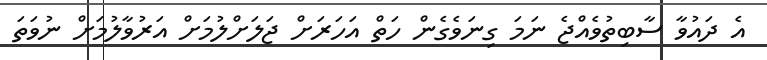
އެ ދައުވާ ސާބިތުވެއްޖެ ނަމަ ގިނަވެގެން ހަތް އަހަރަށް ޖަލަށްލުމަށް އަރުވާލުމަށް ނުވަތަ